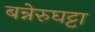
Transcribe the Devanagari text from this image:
बन्नेरुघट्टा